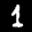
Label: 1